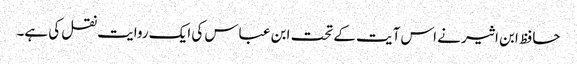
حافظ ابن اثیر نے اس آیت کے تحت ابن عباس کی ایک روایت نقل کی ہے۔